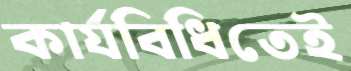
কার্যবিধিতেই